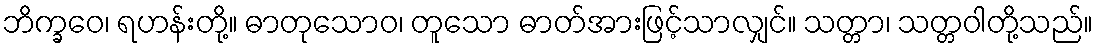
ဘိက္ခဝေ၊ ရဟန်းတို့။ ဓာတုသောဝ၊ တူသော ဓာတ်အားဖြင့်သာလျှင်။ သတ္တာ၊ သတ္တဝါတို့သည်။